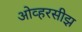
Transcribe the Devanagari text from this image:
ओव्हरसीझ